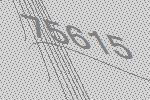
75615